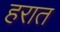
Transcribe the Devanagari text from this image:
हरात